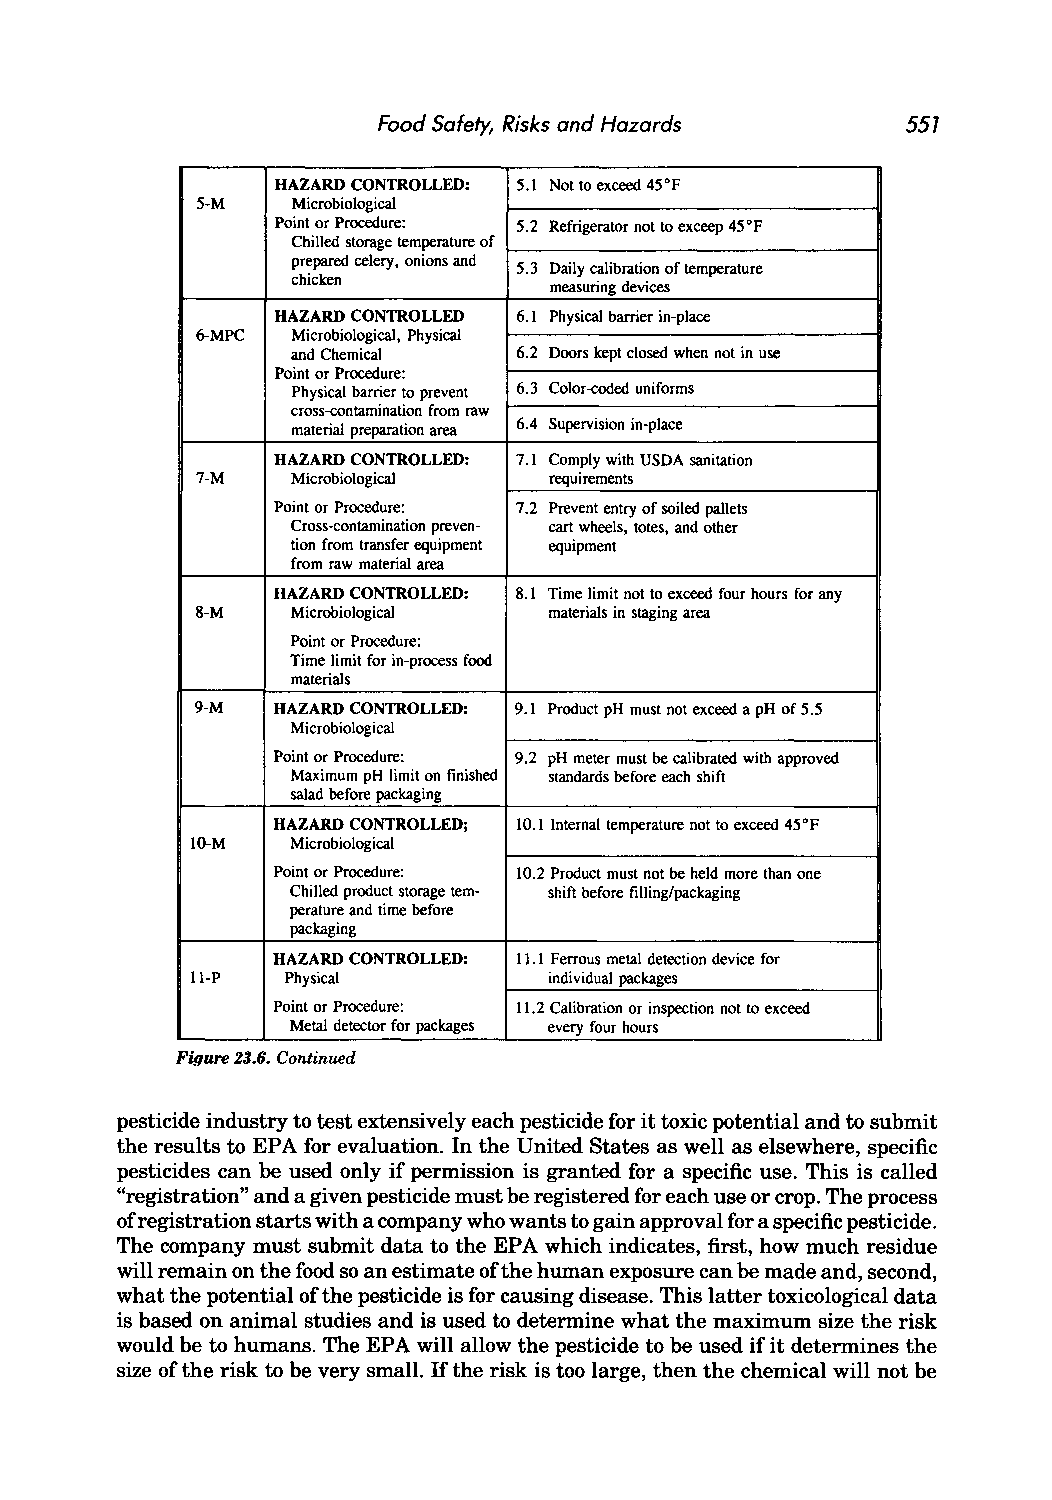
Food Safety, Risks and Hazards     557
 HAZARD CONTROLLED: 5.1 Not to exceed 45°F
 5-M   Microbiological
 Point or Procedure: 5.2 Refrigerator not to exceep 45 OF
 Chilled storage temperature of
 prepared celery, onions and
 5.3 Daily calibration of temperature
 chicken
 measuring devices
 HAZARD CONTROLLED 6.1 Physical barrier in-place
 6-MPC Microbiological, Physical
 and Chemical   6.2 Doors kept closed when not in use
 Point or Procedure:
 Physical barrier to prevent 6.3 Color-coded uniforms
 cross-contamination from raw
 material preparation area 6.4 Supervision in-place
 HAZARD CONTROLLED: 7.1 Comply with USDA sanitation
 7-M   Microbiological  requirements
 Point or Procedure: 7.2 Prevent entry of soiled pallets
 Cross-contamination preven- cart wheels, totes, and other
 lion from transfer equipment equipment
 from raw material area
 HAZARD CONTROLLED: 8.1 Time limit not to exceed four hours for any
 8-M   Microbiological  materials in staging area
 Point or Procedure:
 Time limit for in-process food
 materials
 9-M  HAZARD CONTROLLED: 9.1 Product pH must not exceed a pH of 5.5
 Microbiological
 Point or Procedure: 9.2 pH meter must be calibrated with approved
 Maximum pH limit on finished standards before each shift
 salad before packaging
 HAZARD CONTROLLED; 10.1 Internal temperature not to exceed 45°F
 IO-M  Microbiological
 Point or Procedure: 10.2 Product must not be held more than one
 Chilled product storage tem- shift before filling/packaging
 perature and ti me before
 packaging
 HAZARD CONTROLLED: 11.1 Ferrous metal detection device for
 II-P  Physical         individual packages
 Point or Procedure: I\,2 Calibration or inspection not to exceed
 Metal detector for packages every four hours
 Figure 23.6. Continued
 pesticide industry to test extensively each pesticide for it toxic potential and to submit
 the results to EPA for evaluation. In the United States as well as elsewhere, specific
 pesticides can be used only if permission is granted for a specific use. This is called
 "registration" and a given pesticide must be registered for each use or crop. The process
 of registration starts with a company who wants to gain approval for a specific pesticide.
 The company must submit data to the EPA which indicates, first, how much residue
 will remain on the food so an estimate of the human exposure can be made and, second,
 what the potential of the pesticide is for causing disease. This latter toxicological data
 is based on animal studies and is used to determine what the maximum size the risk
 would be to humans. The EPA will allow the pesticide to be used if it determines the
 size of the risk to be very small. If the risk is too large, then the chemical will not be